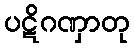
ပဋိဂဏှာတု